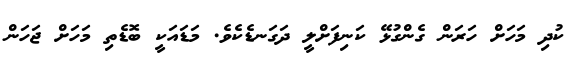
ކުދި މަހަށް ހަރަން ގެންގުޅޭ ކަނިފަށްލީ ދަގަނޑެކެވެ. މަޑައަކީ ބޮޑެތި މަހަށް ޖަހަން